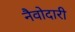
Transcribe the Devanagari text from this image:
नैवोदारी